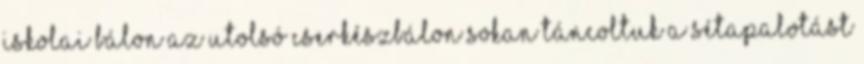
iskolai bálon az utolsó cserkészbálon sokan táncoltuk a Sétapalotást